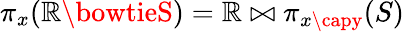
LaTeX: \pi_{x}(\mathbb{R}\bowtieS)=\mathbb{R}\bowtie\pi_{x\capy}(S)